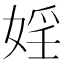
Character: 婬